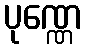
ပုဏ္ဏေ